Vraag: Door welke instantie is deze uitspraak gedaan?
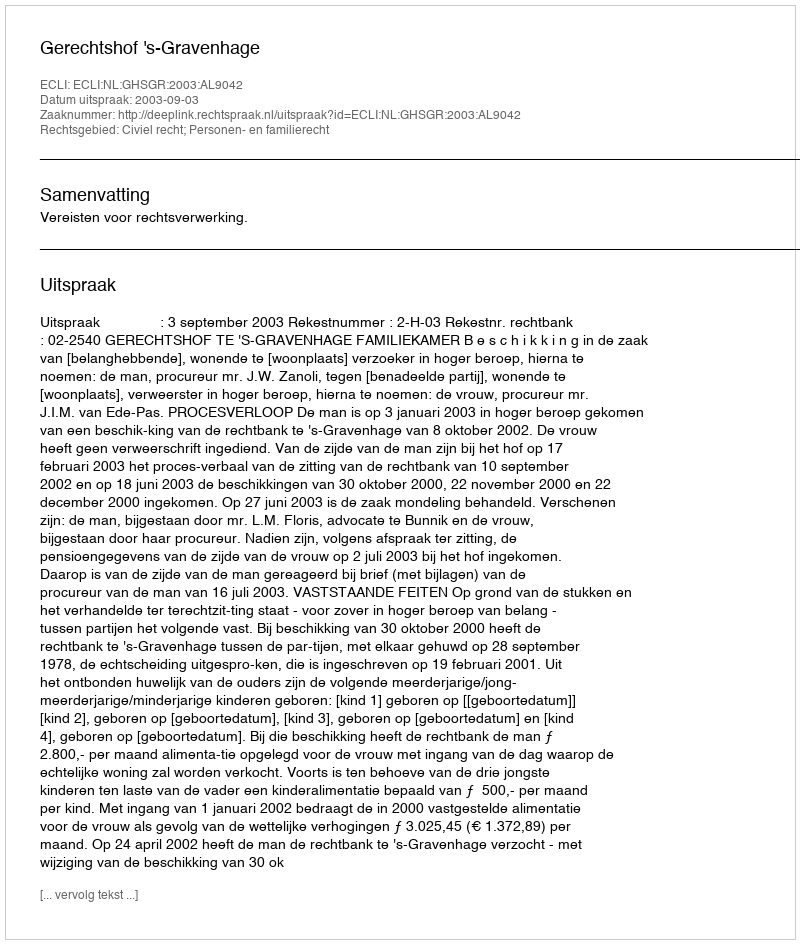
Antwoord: Gerechtshof 's-Gravenhage